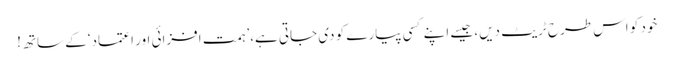
خود کو اس طرح ٹریٹ دیں، جیسے اپنے کسی پیارے کو دی جاتی ہے،’ہمت افزائی اور اعتماد‘ کے ساتھ!